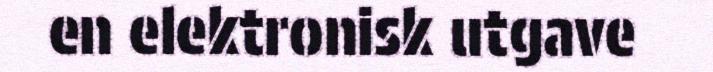
en elektronisk utgave